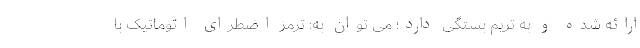
ارائه شده و به تریم بستگی دارد؛ می توان به: ترمز اضطرای اتوماتیک با